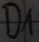
Text: D1